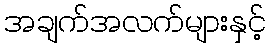
အချက်အလက်များနှင့်